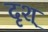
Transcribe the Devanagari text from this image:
दृश्